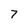
Character: 7